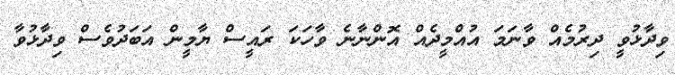
ވިދާޅުވީ ދިރުމެއް ވާނަމަ އުއްމީދެއް އޮންނާނެ ވާހަކަ ރައީސް ޔާމީން އަބަދުވެސް ވިދާޅުވާ